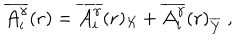
LaTeX: \overline { { { { \cal { A } } _ { i } ^ { \gamma } } } } ( { \bf { r } } ) = \overline { { { { \cal { A } } _ { i } ^ { \gamma } } } } ( { \bf { r } } ) _ { \cal X } + \overline { { { { \cal { A } } _ { i } ^ { \gamma } } } } ( { \bf { r } } ) _ { \overline { { { \cal Y } } } } \; ,